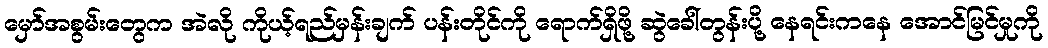
မှော်အစွမ်းတွေက အဲလို ကိုယ့်ရည်မှန်းချက် ပန်းတိုင်ကို ရောက်ရှိဖို့ ဆွဲခေါ်တွန်းပို့ နေရင်းကနေ အောင်မြင်မှုကို